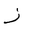
Letter: _zay